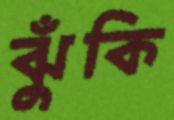
ঝুঁকি